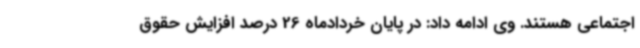
اجتماعی هستند. وی ادامه داد: در پایان خردادماه 26 درصد افزایش حقوق